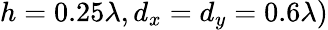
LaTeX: h=0.25\lambda,d_{x}=d_{y}=0.6\lambda)